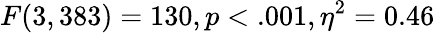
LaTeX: F(3,383)=130,p<.001,\eta^{2}=0.46